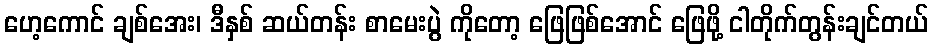
ဟေ့ကောင် ချစ်အေး၊ ဒီနှစ် ဆယ်တန်း စာမေးပွဲ ကိုတော့ ဖြေဖြစ်အောင် ဖြေဖို့ ငါတိုက်တွန်းချင်တယ်